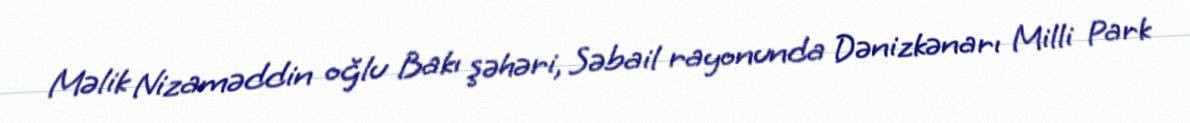
Məlik Nizaməddin oğlu Bakı şəhəri, Səbail rayonunda Dənizkənarı Milli Park